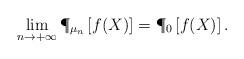
LaTeX: \begin{align*} \lim_{n\to +\infty}\P_{\mu_{n}}\left[f(X)\right]=\P_{0}\left[f(X)\right]. \end{align*}